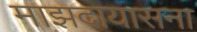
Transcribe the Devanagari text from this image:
माझदायासना